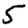
Digit: 5